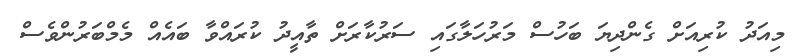
މިއަދު ކުރިއަށް ގެންދިޔަ ބަހުސް މަރުހަލާގައި ސަރުކާރަށް ތާއީދު ކުރައްވާ ބައެއް މެމްބަރުންވެސް